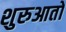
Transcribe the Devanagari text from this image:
शुरुआतो